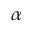
\alpha